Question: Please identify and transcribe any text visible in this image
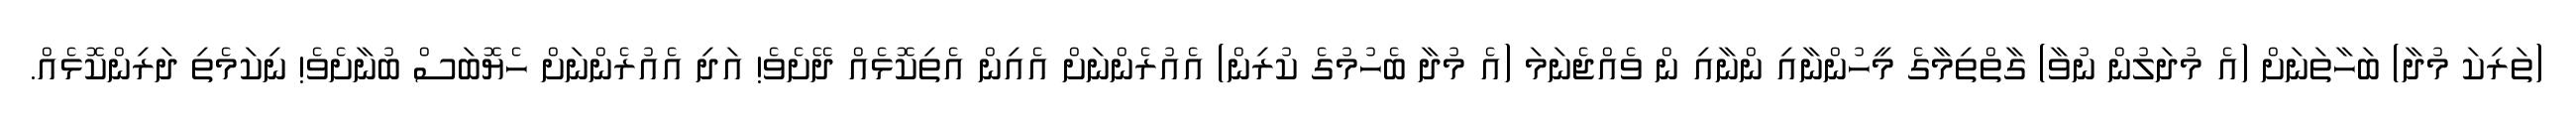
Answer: (ތަރިކަ މުދާ) ބަހާތަނަށް (އެ މުދަލުން ނުވާ) ގާތްތިމާގެ މީހުންނާއި ންނާއި ން ވެއްޖެނަމަ (އެ މުދާ ބެހުމުގެ ކުރިން) އެއުރެންނަށް އެއިން އެތިކޮޅެއް ދޭށެވެ! އަދި އެއުރެންނަށް ހެޔޮބަސް ބުނާށެވެ! ނިކަމެތި ދަރިންކޮޅެއް.